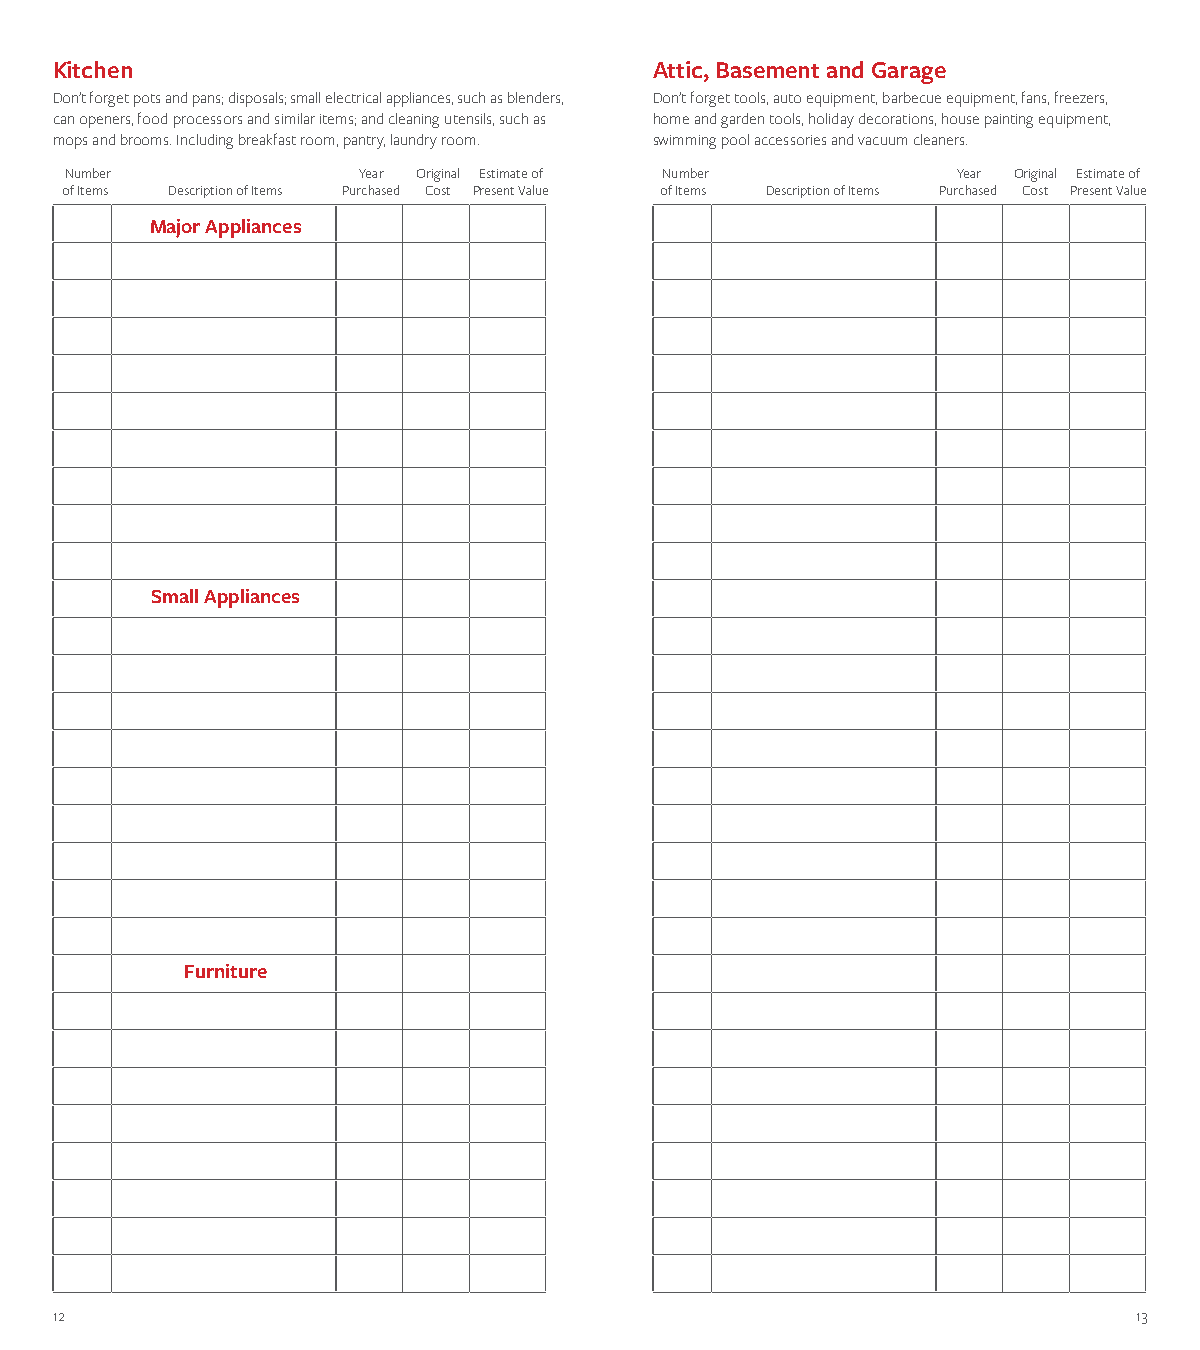
Kitchen                                 Attic, Basement and Garage
 Don’t forget pots and pans; disposals; small electrical appliances, such as blenders, Don’t forget tools, auto equipment, barbecue equipment, fans, freezers,
 can openers, food processors and similar items; and cleaning utensils, such as home and garden tools, holiday decorations, house painting equipment,
 mops and brooms. Including breakfast room, pantry, laundry room. swimming pool accessories and vacuum cleaners.
 Number              Year Original Estimate of Number       Year Original Estimate of
 of Items Description of Items Purchased Cost Present Value of Items Description of Items Purchased Cost Present Value
 Major Appliances
 Small Appliances
 Furniture
 12                                                                      13